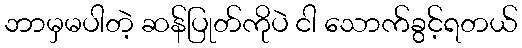
ဘာမှမပါတဲ့ ဆန်ပြုတ်ကိုပဲ ငါ သောက်ခွင့်ရတယ်